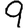
Digit: 9